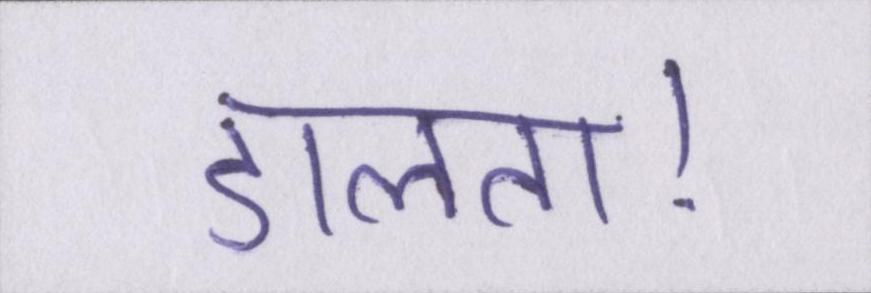
डालता।